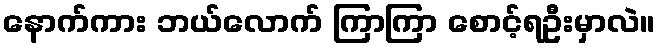
နောက်ကား ဘယ်လောက် ကြာကြာ စောင့်ရဦးမှာလဲ။